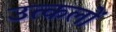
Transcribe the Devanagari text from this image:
उत्कलों